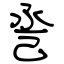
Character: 巹